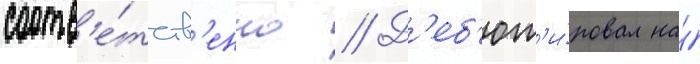
соотв'е́тств'енно // Д'еб'ют'и́ровал на́